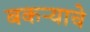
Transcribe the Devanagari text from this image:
बकऱ्याचे